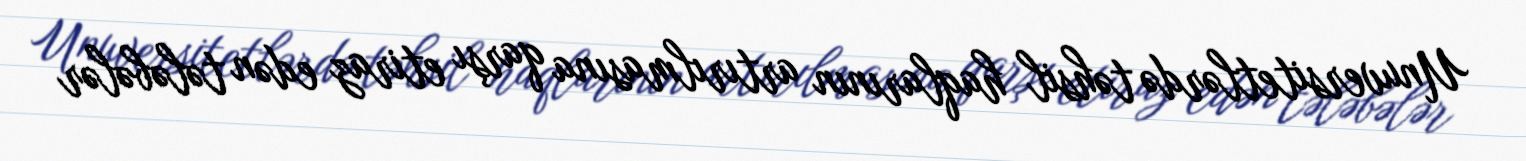
Unuversitetlərdə təhsil haqlarının artırılmasına qarşı etiraz edən tələbələr